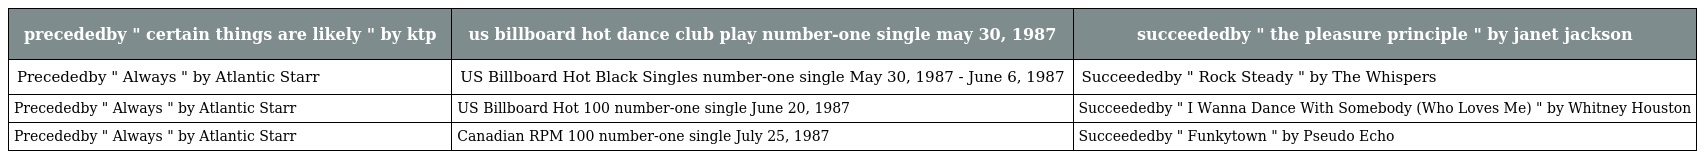
| precededby " certain things are likely " by ktp | us billboard hot dance club play number-one single may 30, 1987 | succeededby " the pleasure principle " by janet jackson |
 | --- | --- | --- |
 | Precededby " Always " by Atlantic Starr | US Billboard Hot Black Singles number-one single May 30, 1987 - June 6, 1987 | Succeededby " Rock Steady " by The Whispers |
 | Precededby " Always " by Atlantic Starr | US Billboard Hot 100 number-one single June 20, 1987 | Succeededby " I Wanna Dance With Somebody (Who Loves Me) " by Whitney Houston |
 | Precededby " Always " by Atlantic Starr | Canadian RPM 100 number-one single July 25, 1987 | Succeededby " Funkytown " by Pseudo Echo |